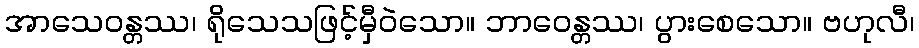
အာသေဝန္တဿ၊ ရိုသေသဖြင့်မှီဝဲသော။ ဘာဝေန္တဿ၊ ပွားစေသော။ ဗဟုလီ၊